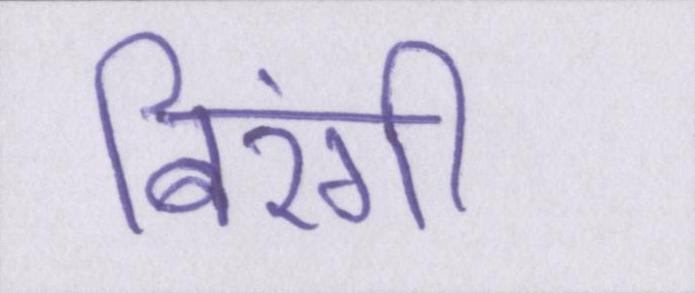
बिरंगी